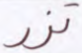
تزر